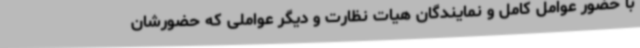
با حضور عوامل کامل و نمایندگان هیات نظارت و دیگر عواملی که حضورشان